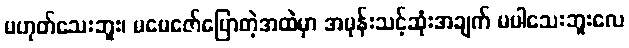
မဟုတ်သေးဘူး၊ မမေဇော်ပြောတဲ့အထဲမှာ အမုန်းသင့်ဆုံးအချက် မပါသေးဘူးလေ